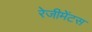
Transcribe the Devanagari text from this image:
रेजीमेंटस